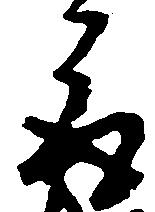
取